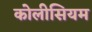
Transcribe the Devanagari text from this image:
कोलीसियम